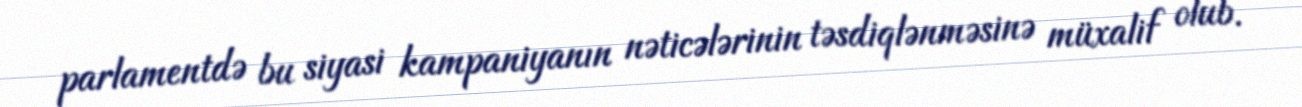
parlamentdə bu siyasi kampaniyanın nəticələrinin təsdiqlənməsinə müxalif olub.